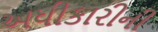
અધીકારીની